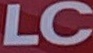
LC